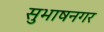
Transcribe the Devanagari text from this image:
सुभाषनगर